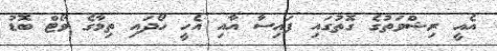
އެއީ ރިޝްވަތުގެ ގޮތުގައި ފައިސާ އާއި އެހީ ހޯދައި ތިމާގެ ވޯޓް ބޮޑު